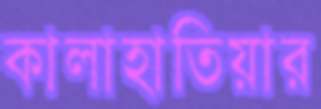
কালাহাতিয়ার